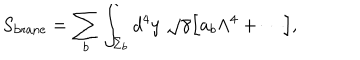
S _ { \mathrm { b r a n e } } = \sum _ { b } \int _ { \Sigma _ { b } } d ^ { 4 } y \; \sqrt \gamma \Bigl [ a _ { b } \Lambda ^ { 4 } + \cdots \Bigr ] ,